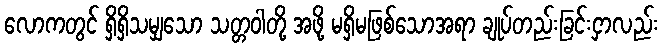
လောကတွင် ရှိရှိသမျှသော သတ္တဝါတို့ အဖို့ မရှိမဖြစ်သောအရာ ချုပ်တည်းခြင်းငှာလည်း